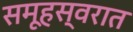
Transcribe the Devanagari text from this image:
समूहस्वरात